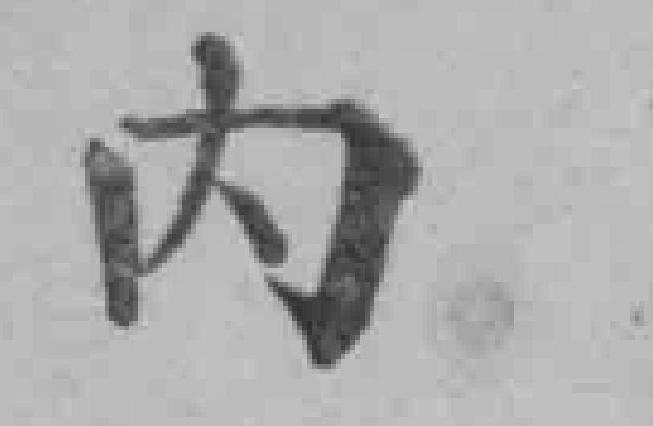
内